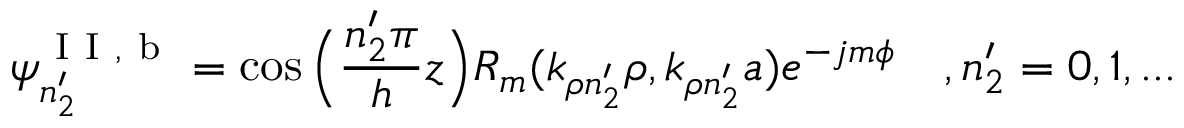
\psi _ { n _ { 2 } ^ { \prime } } ^ { \mathrm { ~ I ~ I ~ , ~ b ~ } } = \cos \Big ( \frac { n _ { 2 } ^ { \prime } \pi } { h } z \Big ) R _ { m } ( k _ { \rho n _ { 2 } ^ { \prime } } \rho , k _ { \rho n _ { 2 } ^ { \prime } } a ) e ^ { - j m \phi } \quad , n _ { 2 } ^ { \prime } = 0 , 1 , . . .